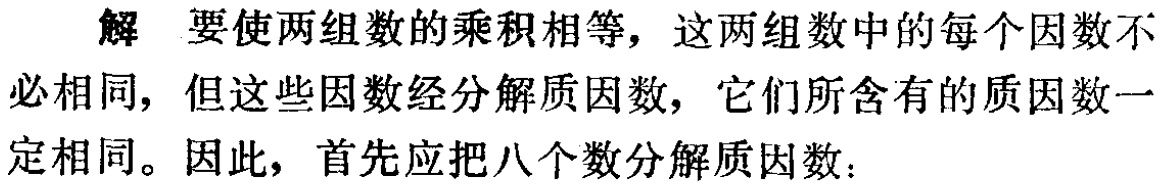
解 要使两组数的乘积相等，这两组数中的每个因数不必相同，但这些因数经分解质因数，它们所含有的质因数一定相同。因此，首先应把八个数分解质因数：